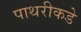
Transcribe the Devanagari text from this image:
पाथरीकडे